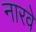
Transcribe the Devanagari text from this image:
नारवे